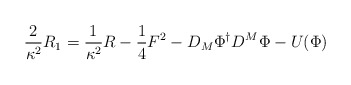
\begin{align*}\frac{2}{\kappa^2}R_1= \frac{1}{\kappa^2}R -\frac{1}{4}F^2 -D_M\Phi^{\dagger}D^M\Phi -U(\Phi)\end{align*}